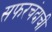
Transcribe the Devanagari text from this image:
सफरचंदाची